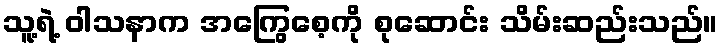
သူ့ရဲ့ ဝါသနာက အကြွေစေ့ကို စုဆောင်း သိမ်းဆည်းသည်။